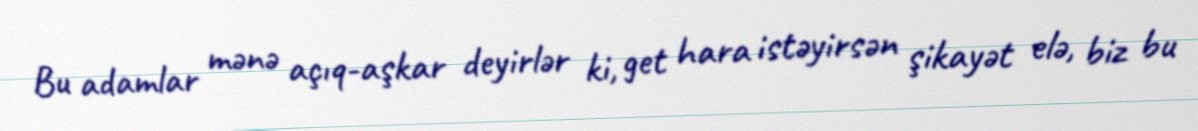
Bu adamlar mənə açıq-aşkar deyirlər ki, get hara istəyirsən şikayət elə, biz bu